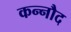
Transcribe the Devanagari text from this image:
कन्नौद